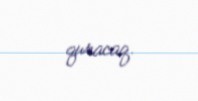
quracaq.